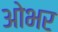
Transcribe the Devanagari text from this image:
ओभर